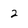
Character: 2